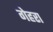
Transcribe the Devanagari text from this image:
गेहरा